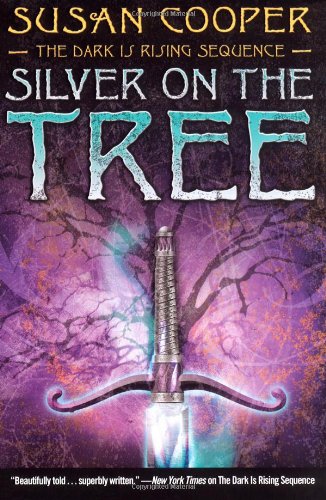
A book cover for Silver on the Tree (The Dark Is Rising Sequence); Susan Cooper; Children's Books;